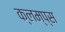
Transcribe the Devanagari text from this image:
क्लम्प्स